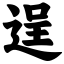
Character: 逞